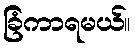
ခြံကာရမယ်။